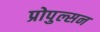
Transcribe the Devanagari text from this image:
प्रोपुल्सन